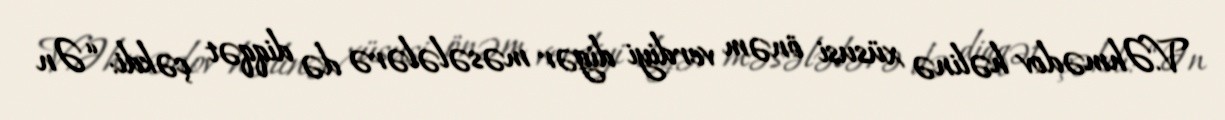
V.Əhmədov həlinə xüsusi önəm verdiyi digər məsələlərə də diqqət çəkdi: “Ən